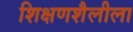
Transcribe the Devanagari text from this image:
शिक्षणशैलीला